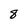
Character: 8